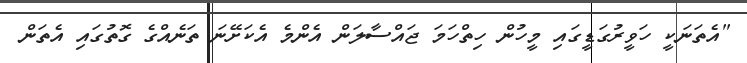
"އެތަނަކީ ހަވީރުގަޑީގައި މީހުން ހިތްހަމަ ޖައްސާލަން އެންމެ އެކަށޭނަ ތަނެއްގެ ގޮތުގައި އެތަން